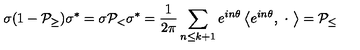
\sigma ( 1 - { \cal P } _ { \geq } ) \sigma ^ { * } = \sigma { \cal P } _ { < } \sigma ^ { * } = \frac 1 { 2 \pi } \sum _ { n \leq k + 1 } e ^ { i n \theta } \left\langle e ^ { i n \theta } , \ \cdot \ \right\rangle = { \cal P } _ { \leq }